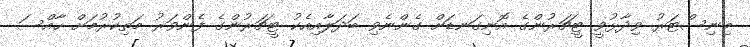
މިނިސްޓަރު ވިދާޅުވީ ޓީޗަރުންގެ އޮނިގަނޑަށް ގެންނެވި ބަދަލާއިއެކު ޓީޗަރުންގެ ފެންވަރު މަތިކުރުމަށް ހާއްސަ